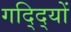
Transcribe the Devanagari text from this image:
गद्दि्यों